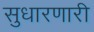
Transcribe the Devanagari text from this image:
सुधारणारी